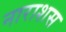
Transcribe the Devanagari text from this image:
नाराशस